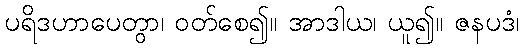
ပရိဒဟာပေတွာ၊ ဝတ်စေ၍။ အာဒါယ၊ ယူ၍။ ဇနပဒံ၊